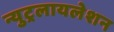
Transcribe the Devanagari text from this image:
न्युट्रलायलेशन